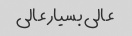
عالی بسیار عالی